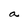
Character: a